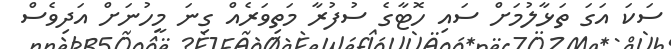
ސަކަ އަގަ ތަޅާލުމަށް ސައި ހޮޓާގެ ސުފުރާ މަތިވަރެއް ގިނަ މީހުނަށް އަދިވެސް